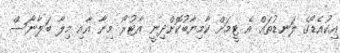
އިކުއެޑޯގެ ލަނޑުތައް އެ ޓީމަށް ކާމިޔާބުކޮށްދިނީ އާޓުރޯ މިނާ އާއި މިލާ ބަލާނޯސް